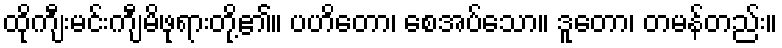
ထိုကျီးမင်းကျီမိဖုရားတို့၏။ ပဟိတော၊ စေအပ်သော။ ဒူတော၊ တမန်တည်း။